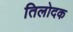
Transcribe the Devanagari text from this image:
तिलोदक